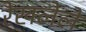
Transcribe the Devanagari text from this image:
रेखलेले